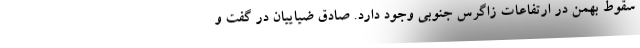
سقوط بهمن در ارتفاعات زاگرس جنوبی وجود دارد. صادق ضیاییان در گفت و